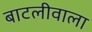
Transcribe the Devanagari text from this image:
बाटलीवाला